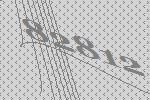
82812